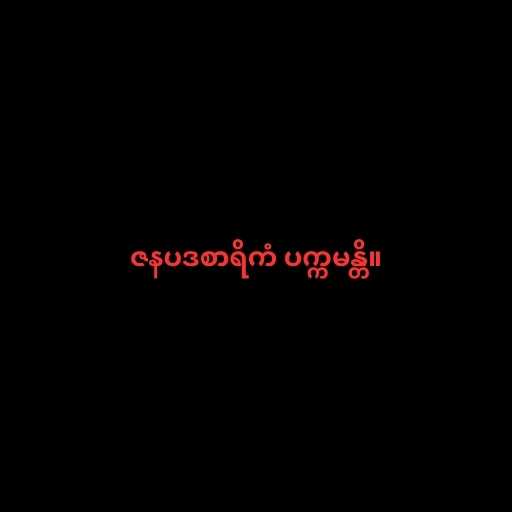
ဇနပဒစာရိကံ ပက္ကမန္တိ။